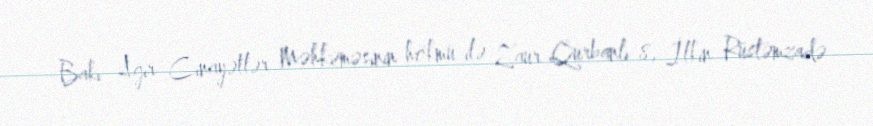
Bakı Ağır Cinayətlər Məhkəməsinin hökmü ilə Zaur Qurbanlı 8, İlkin Rüstəmzadə